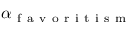
\alpha _ { \mathrm { ~ f ~ a ~ v ~ o ~ r ~ i ~ t ~ i ~ s ~ m ~ } }